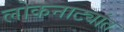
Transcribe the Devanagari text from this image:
लोकनाट्यांत